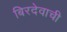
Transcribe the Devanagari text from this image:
बिरदेवाची